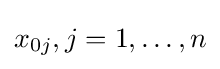
x_{0j},j=1,\dots ,n